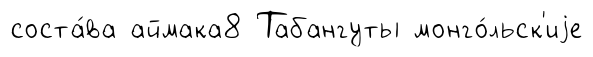
соста́ва аймака8 Табангуты монго́льск'иjе